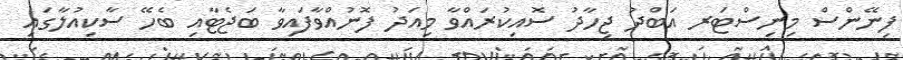
ފިނޭންސް މިނިސްޓަރ އަބްދު ޖިހާދު ސޮއިކުރައްވާ މިއަދު ފޮނުއްވާފައިވާ ބަޖެޓާއި ބެހޭ ސާކިއުލާގައި